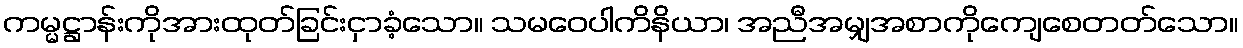
ကမ္မဋ္ဌာန်းကိုအားထုတ်ခြင်းငှာခံ့သော။ သမဝေပါကိနိယာ၊ အညီအမျှအစာကိုကျေစေတတ်သော။